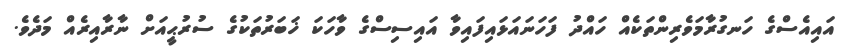
އައިއެސްގެ ހަނގުރާމަވެރިންތަކެއް ހައްދު ފަހަނައަޅައިފައިވާ އައިސިސްގެ ވާހަކަ ޚަބަރުތަކުގެ ސުރުޙީއަށް ނާރާއިރެއް މަދެވެ.